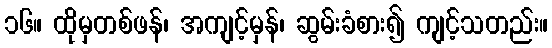
၁၆။ ထိုမှတစ်ဖန်၊ အကျင့်မှန်၊ ဆွမ်းခံစား၍ ကျင့်သတည်း။